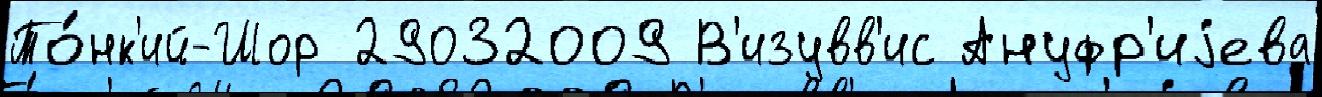
То́нк'ий-Шор 29032009 В'изувв'ис Ануфр'иjева